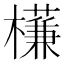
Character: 𣝈